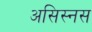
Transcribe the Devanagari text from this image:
असिस्नस